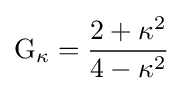
\operatorname {G} _{\kappa }={\frac {2+\kappa ^{2}}{4-\kappa ^{2}}}